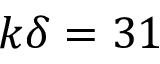
k \delta = 3 1